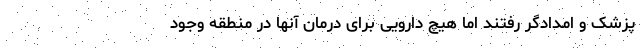
پزشک و امدادگر رفتند اما هیچ دارویی برای درمان آنها در منطقه وجود